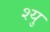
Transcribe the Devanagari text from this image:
श्यु